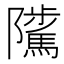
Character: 𨽥